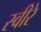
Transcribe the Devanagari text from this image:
स्वीरे